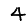
Digit: 4